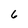
Character: 6